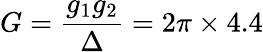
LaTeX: G=\frac{g_{1}g_{2}}{\Delta}=2\pi\times 4.4